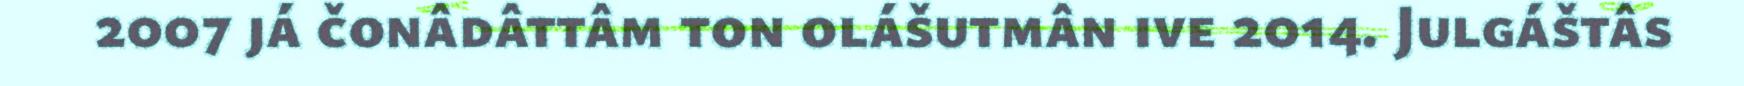
2007 já čonâdâttâm ton olášutmân ive 2014. Julgáštâs